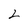
Character: 2